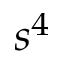
s ^ { 4 }